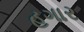
હગાર